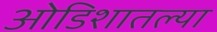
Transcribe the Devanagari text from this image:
ओडिशातल्या